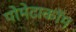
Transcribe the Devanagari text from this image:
पोमेटाकॉम